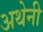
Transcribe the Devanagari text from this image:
अथेनी